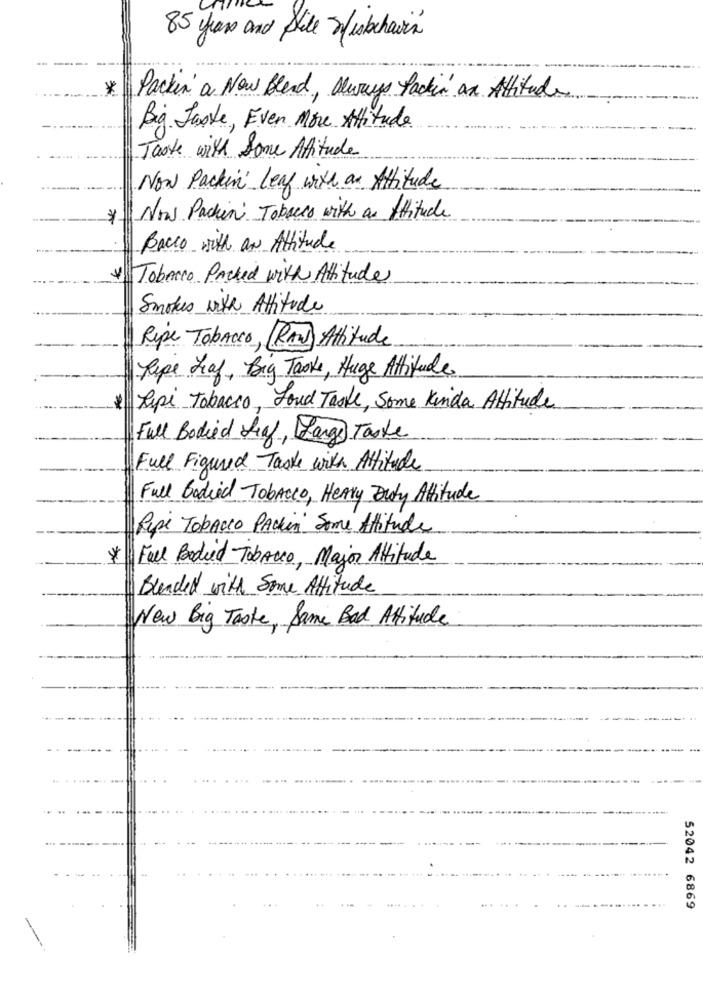
85 years and Slide Wiskehavia
*
Packin a New Bland, Always Packin an Attitude
Big Taste, Even More Attitude
Taote with Some Attitude
Now Packin' leaf with an Attitude
Now Packin' Tobacco with an Attitude
Bacco with an Attitude
4) Tobacco Packed with Attitude
Smokes with Attitude
Ripe Tobacco, (RAW) Attitude
Ripe Leaf, Big Taoke, Huge Attitude
Tipi Tabacco, Loud Taste, Some Kinda Attitude
Full Bodied Leaf, Lange Taste
Full Figured Taske with Attitude
Full Bodied Tobacco, Heavy Duty Attitude
Ripi Tobacco Packin Some Attitude
*
Full Bodied Tobacco, Major Attitude
Blended with Some Attitude
New Big Taste, Same Bad Attitude
52042 6869